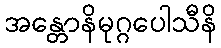
အန္တောနိမုဂ္ဂပေါသီနိ